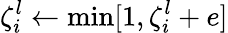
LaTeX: \zeta_{i}^{l}\gets\operatorname*{min}[1,\zeta_{i}^{l}+e]